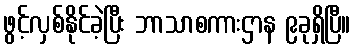
ဖွင့်လှစ်နိုင်ခဲ့ပြီး ဘာသာစကားဌာန ၉ခုရှိပြီ။